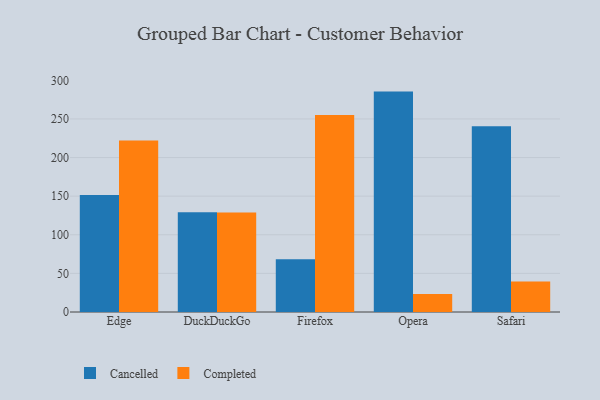
{"axis": {"x": "Browser", "y": "Temperature (°C)"}, "legend": ["Cancelled", "Completed"], "data": [{"x": "Edge", "y": 151.6, "type": "Cancelled"}, {"x": "Edge", "y": 222.2, "type": "Completed"}, {"x": "DuckDuckGo", "y": 129.2, "type": "Cancelled"}, {"x": "DuckDuckGo", "y": 128.8, "type": "Completed"}, {"x": "Firefox", "y": 68.4, "type": "Cancelled"}, {"x": "Firefox", "y": 255.1, "type": "Completed"}, {"x": "Opera", "y": 285.4, "type": "Cancelled"}, {"x": "Opera", "y": 23.2, "type": "Completed"}, {"x": "Safari", "y": 240.4, "type": "Cancelled"}, {"x": "Safari", "y": 39.4, "type": "Completed"}]}